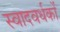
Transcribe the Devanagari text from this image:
स्वादवर्धकों